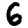
Digit: 6